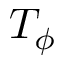
T _ { \phi }